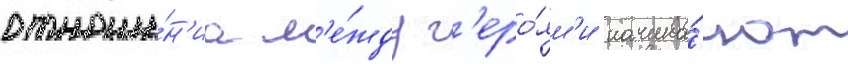
отноше́н'иа м'е́жду г'еро́ям'и начина́ют